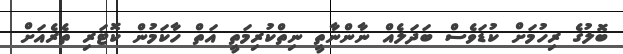
ބޮލުގެ ރިހުމަށް ކުޑަވެސް ބަދަލެއް ނާންނާތީ ނިތްކުރިމަތީ އަތް ހާކަމުން ކޮޓަރި ތެރެއަށް